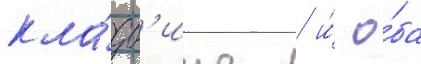
кла́дб'ище / и́ о́ба